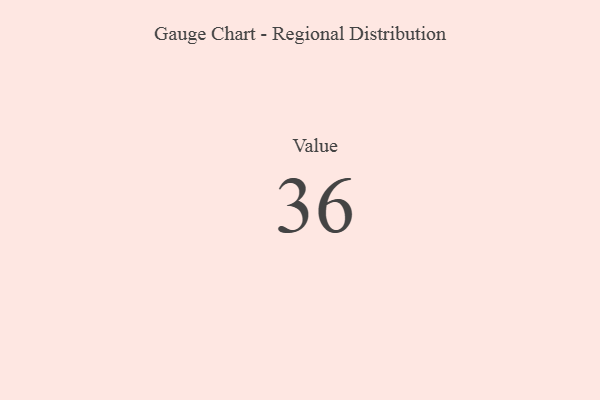
{"axis": {"x": "Metric", "y": "Value"}, "legend": [""], "data": [{"x": "Value", "y": 36, "type": ""}]}